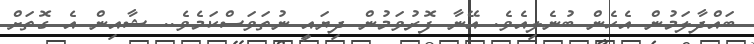
ބައްދާލަމުން އެހެން ބުނެލިއެވެ. އޭނާ ފޮރުވަމުން ދިޔައީ ނުތަވަސްކަމެވެ.. ޝާއިން އެ ގޮތަށް